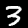
Digit: 3